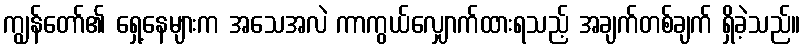
ကျွန်တော်၏ ရှေ့နေများက အသေအလဲ ကာကွယ်လျှောက်ထားရသည့် အချက်တစ်ချက် ရှိခဲ့သည်။